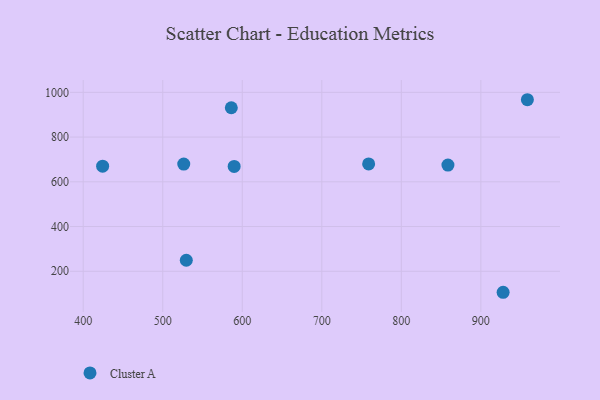
{"axis": {"x": "Distance", "y": "Exam Score"}, "legend": ["Cluster A"], "data": [{"x": "958.5", "y": 967.0, "type": "Cluster A"}, {"x": "586.2", "y": 931.2, "type": "Cluster A"}, {"x": "858.6", "y": 674.9, "type": "Cluster A"}, {"x": "928.0", "y": 106.0, "type": "Cluster A"}, {"x": "589.8", "y": 668.6, "type": "Cluster A"}, {"x": "529.6", "y": 249.2, "type": "Cluster A"}, {"x": "758.9", "y": 679.9, "type": "Cluster A"}, {"x": "424.4", "y": 670.0, "type": "Cluster A"}, {"x": "526.4", "y": 679.2, "type": "Cluster A"}]}